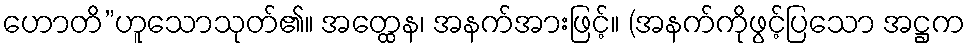
ဟောတိ”ဟူသောသုတ်၏။ အတ္ထေန၊ အနက်အားဖြင့်။ (အနက်ကိုဖွင့်ပြသော အဋ္ဌက